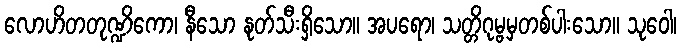
လောဟိတတုဏ္ဍိကော၊ နီသော နုတ်သီးရှိသော။ အပရော၊ သတ္တိဂုမ္ဗမှတစ်ပါးသော။ သုဝေါ၊